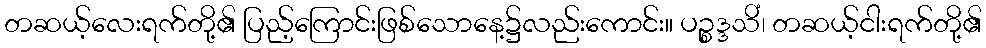
တဆယ့်လေးရက်တို့၏ ပြည့်ကြောင်းဖြစ်သောနေ့၌လည်းကောင်း။ ပဉ္စဒ္ဒသိံ၊ တဆယ့်ငါးရက်တို့၏